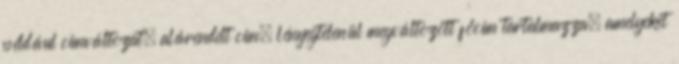
például címváltozat, alárendelt cím, lényegtelenül megváltozott főcím tartalmazza, amelyeket